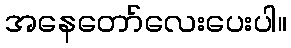
အနေတော်လေးပေးပါ။